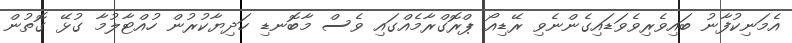
އެމަނިކުފާނު ބައިވެރިވެވަޑައިގެންނެވި ރޭޑިއޯ ޕްރޮގްރާމެއްގައި ވެސް މާބޮނޑި ހަދިޔާކުރުން ހުއްޓާލުމާ ގުޅޭ ގޮތުން